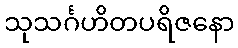
သုသင်္ဂဟိတပရိဇနော